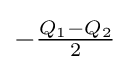
{\textstyle -{\frac {Q_{1}-Q_{2}}{2}}}